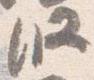
段